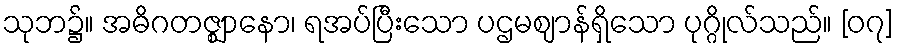
သုဘ၌။ အဓိဂတဇ္ဈာနော၊ ရအပ်ပြီးသော ပဌမဈာန်ရှိသော ပုဂ္ဂိုလ်သည်။ [၀၇]